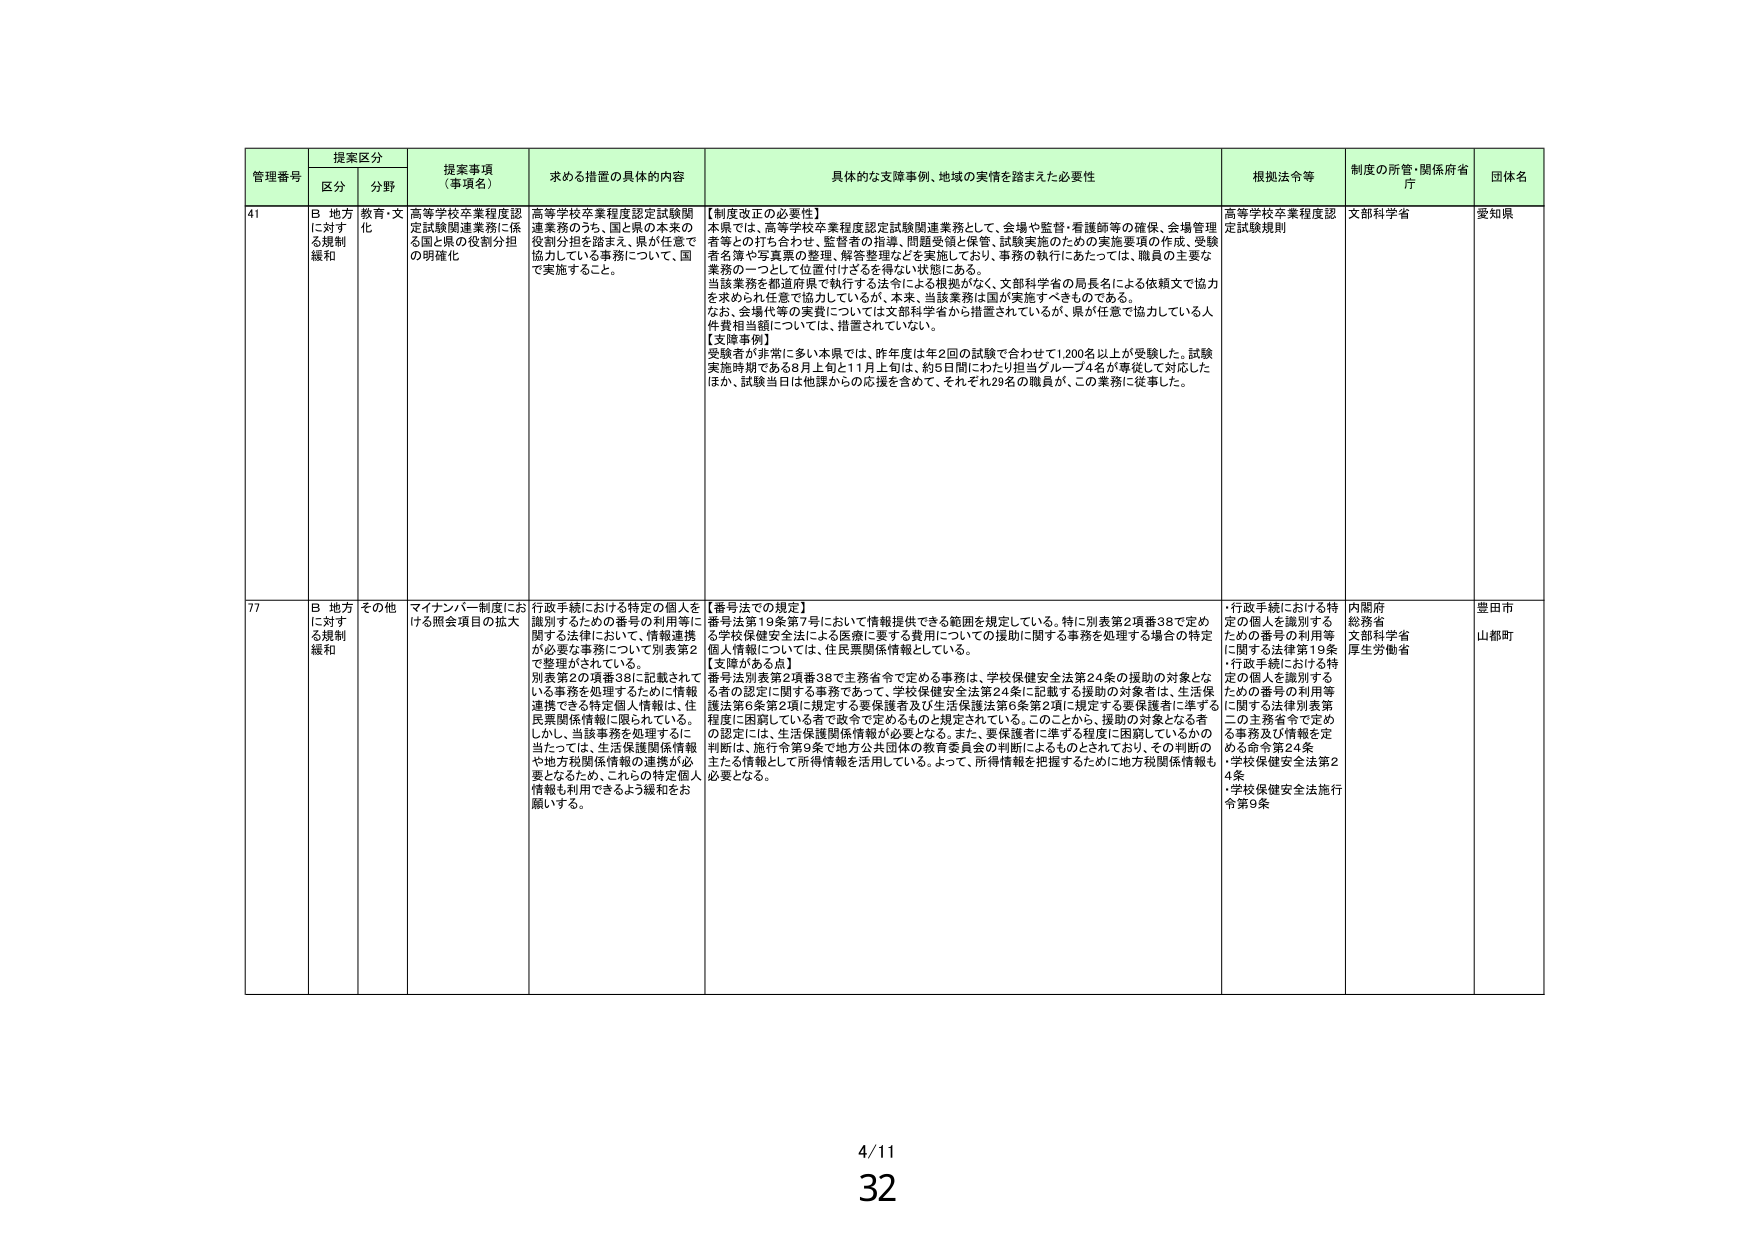
管理番号 提案区分 提案事項（事項名） 求める措置の具体的内容 具体的な支障事例、地域の実情を踏まえた必要性 根拠法令等 制度の所管・関係府省庁 団体名
区分 分野
41 B 地方に対する規制緩和 教育・文化 高等学校卒業程度認定試験関連業務に係る国と県の役割分担の明確化 高等学校卒業程度認定試験関連業務のうち、国と県の本来の役割分担を踏まえ、県が任意で協力している事務について、国で実施すること。 【制度改正の必要性】 本県では、高等学校卒業程度認定試験関連業務として、会場や監督・看護師等の確保、会場管理者等との打ち合わせ、監督者の指導、問題受領と保管、試験実施のための実施要項の作成、受験者名簿や写真票の整理、解答整理などを実施しており、事務の執行にあたっては、職員の主要な業務の一つとして位置付けざるを得ない状態にある。 当該業務を都道府県で執行する法令による根拠がなく、文部科学省の局長名による依頼文で協力を求められ任意で協力しているが、本来、当該業務は国が実施すべきものである。 なお、会場代等の実費については文部科学省から措置されているが、県が任意で協力している人件費相当額については、措置されていない。 【支障事例】 受験者が非常に多い本県では、昨年度は年2回の試験で合わせて1,200名以上が受験した。試験実施時期である8月上旬と11月上旬は、約5日間にわたり担当グループ4名が専従して対応したほか、試験当日は他課からの応援を含めて、それぞれ29名の職員が、この業務に従事した。 高等学校卒業程度認定試験規則 文部科学省 愛知県
77 B 地方に対する規制緩和 その他 マイナンバー制度における照会項目の拡大 行政手続における特定の個人を識別するための番号の利用等に関する法律において、情報連携が必要な事務について別表第2で整理がされている。 別表第2の項番38に記載されている事務を処理するために情報連携できる特定個人情報は、住民票関係情報に限られている。 しかし、当該事務を処理するに当たっては、生活保護関係情報や地方税関係情報の連携が必要となるため、これらの特定個人情報も利用できるよう緩和をお願いする。 【番号法での規定】 番号法第19条第7号において情報提供できる範囲を規定している。特に別表第2項番38で定める学校保健安全法による医療に要する費用についての援助に関する事務を処理する場合の特定個人情報については、住民票関係情報としている。 【支障がある点】 番号法別表第2項番38で主務省令で定める事務は、学校保健安全法第24条の援助の対象となる者の認定に関する事務であって、学校保健安全法第24条に記載する援助の対象者は、生活保護法第6条第2項に規定する要保護者及び生活保護法第6条第2項に規定する要保護者に準ずる程度に困窮している者で政令で定めるものと規定されている。このことから、援助の対象となる者の認定には、生活保護関係情報が必要となる。また、要保護者に準ずる程度に困窮しているかの判断は、施行令第9条で地方公共団体の教育委員会の判断によるものとされており、その判断の主たる情報として所得情報を活用している。よって、所得情報を把握するために地方税関係情報も必要となる。 ・行政手続における特定の個人を識別するための番号の利用等に関する法律第19条 ・行政手続における特定の個人を識別するための番号の利用等に関する法律別表第二の主務省令で定める事務及び情報を定める命令第24条 ・学校保健安全法第24条 ・学校保健安全法施行令第9条 内閣府 総務省 文部科学省 厚生労働省 豊田市 山都町
4/11 32